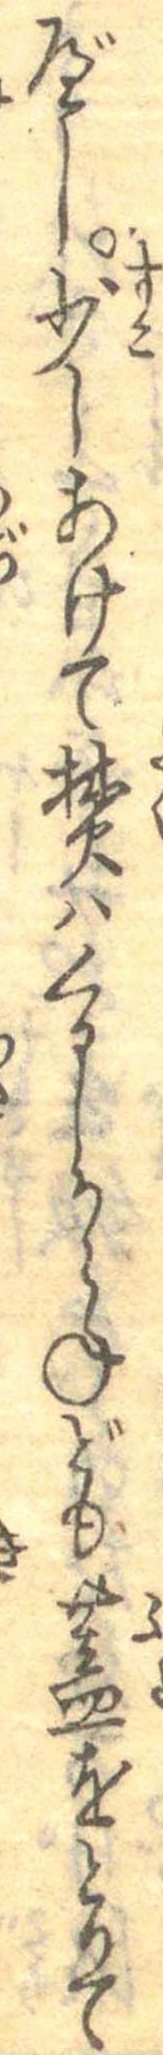
べし少しあけて焚はくるしからねども蓋をとりて